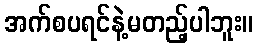
အက်စပရင်နဲ့မတည့်ပါဘူး။